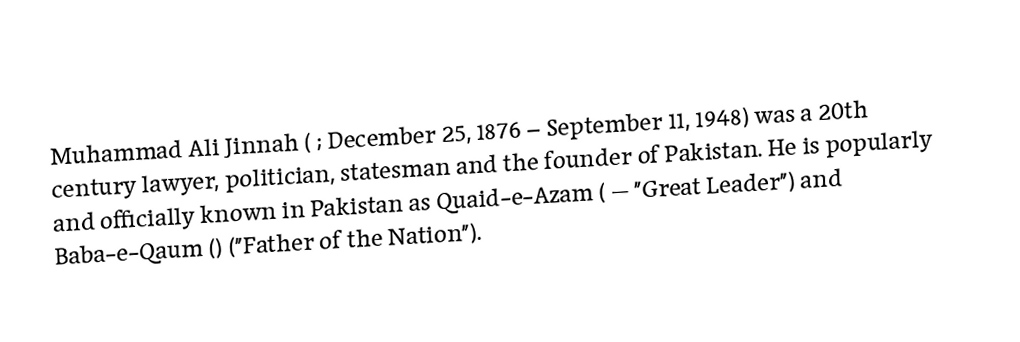
Muhammad Ali Jinnah (  ; December 25, 1876 – September 11, 1948) was a 20th century lawyer, politician, statesman and the founder of Pakistan. He is popularly and officially known in Pakistan as Quaid-e-Azam ( — "Great Leader") and Baba-e-Qaum () ("Father of the Nation").